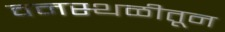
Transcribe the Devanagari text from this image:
वनस्थळीतून